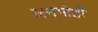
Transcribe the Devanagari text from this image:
जनगोष्ठी